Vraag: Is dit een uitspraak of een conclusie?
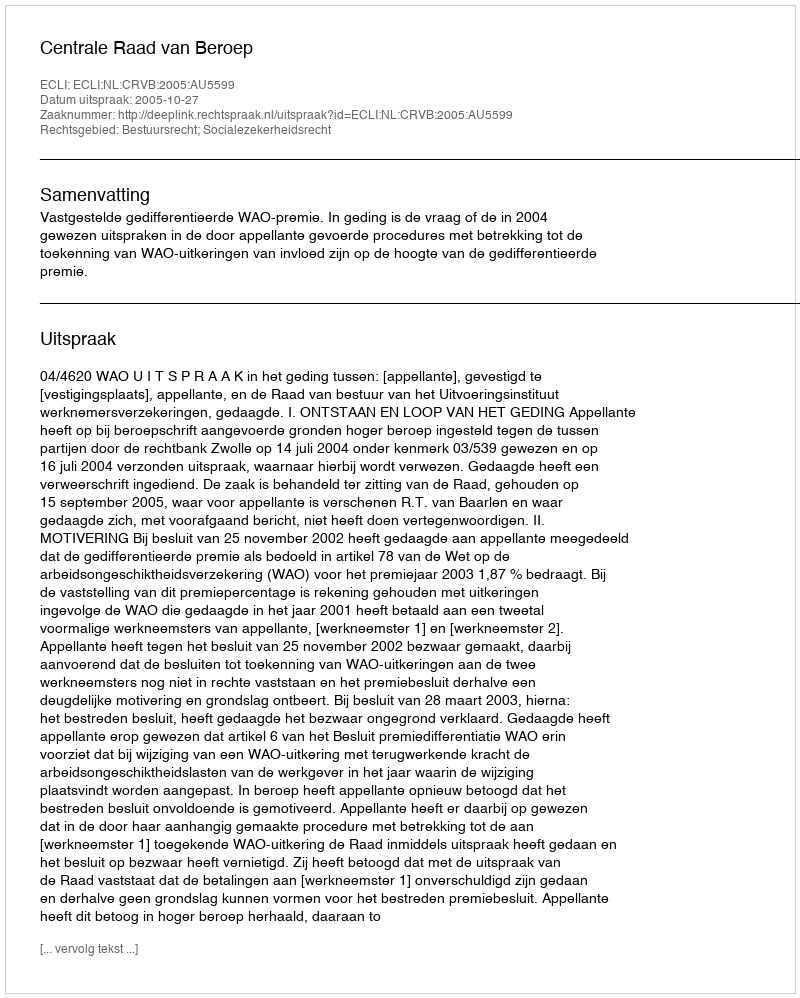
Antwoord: Uitspraak